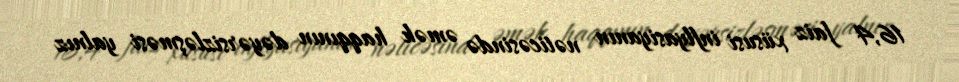
16,4 faiz xüsusi inflyasiyanın nəticəsində əmək haqqının dəyərsizləşməsi yalnız